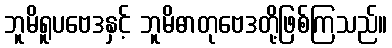
ဘူမိရူပဗေဒနှင့် ဘူမိဓာတုဗေဒတို့ဖြစ်ကြသည်။